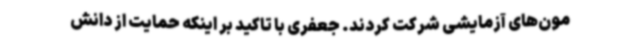
مون‌های آزمایشی شرکت کردند. جعفری با تاکید بر اینکه حمایت از دانش